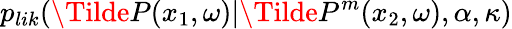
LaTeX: p_{lik}(\Tilde{P}(x_{1},\omega)|\Tilde{P}^{m}(x_{2},\omega),\alpha,\kappa)